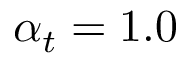
\alpha _ { t } = 1 . 0